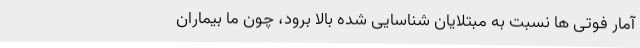
آمار فوتی ها نسبت به مبتلایان شناسایی شده بالا برود، چون ما بیماران